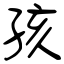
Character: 孩